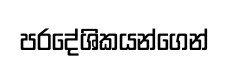
පරදේශිකයන්ගෙන්